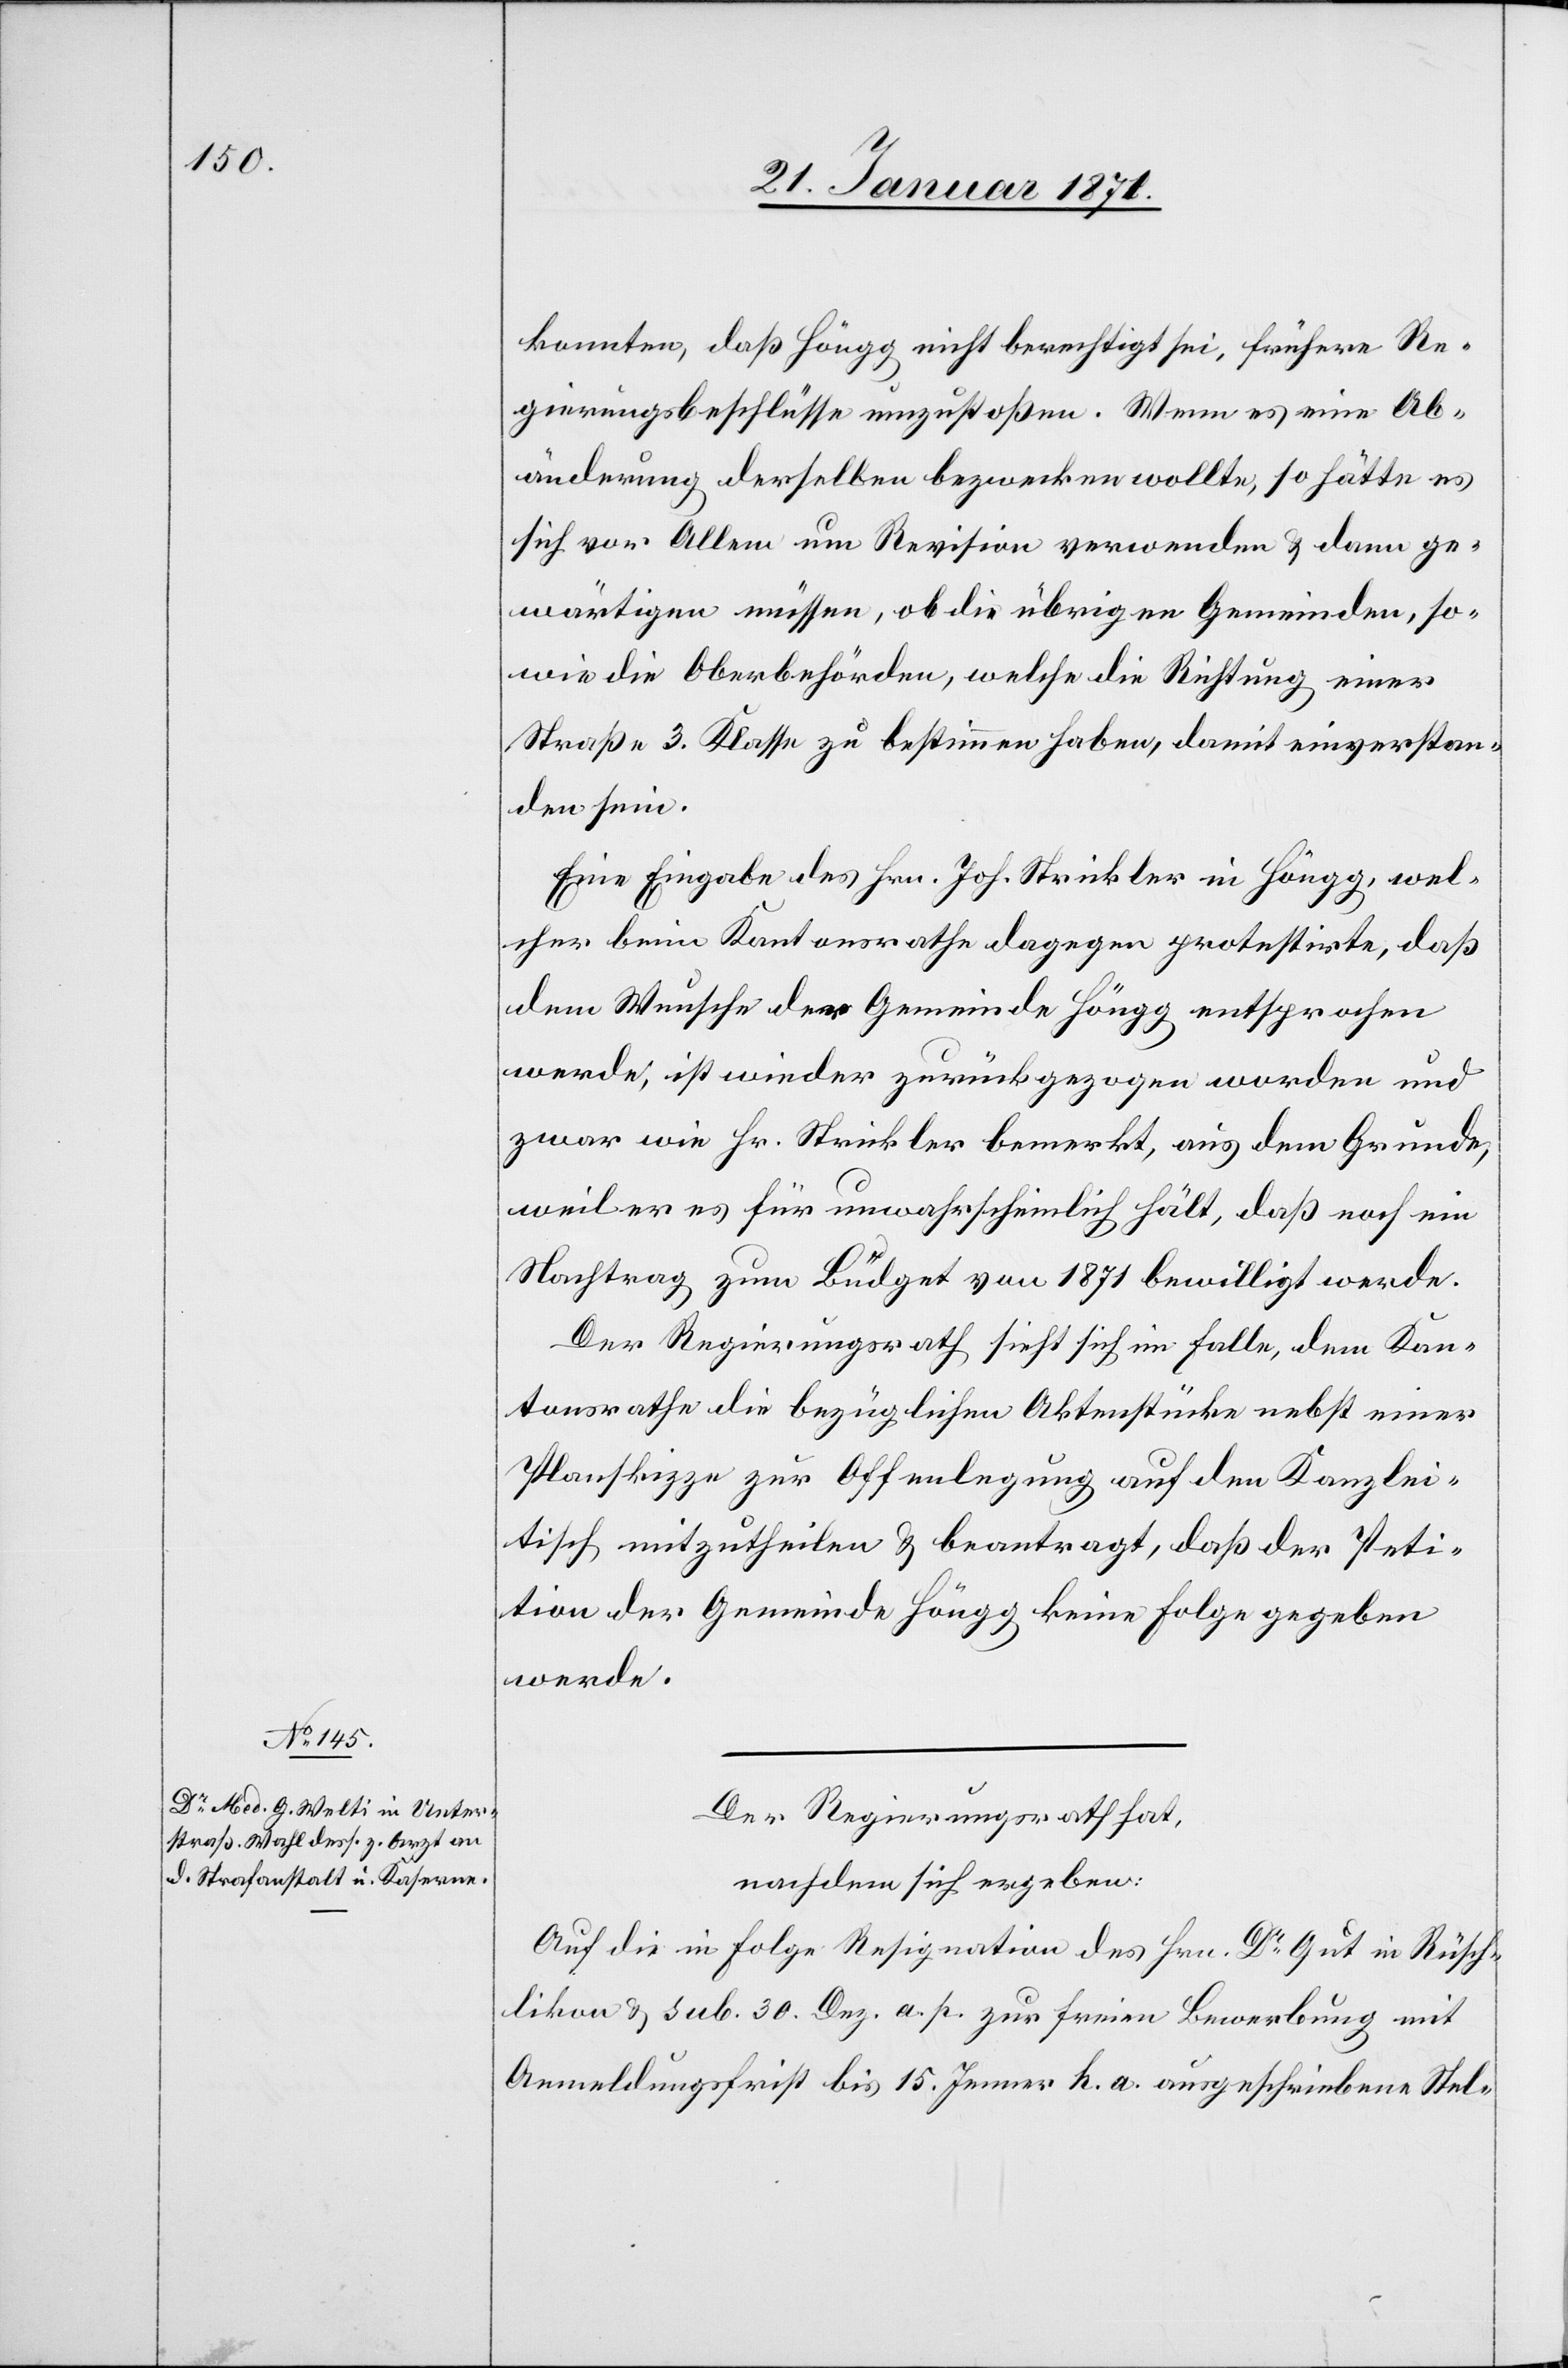
konnten, daß Höngg nicht berechtigt sei, frühere Re¬
gierungsbeschlüsse umzustoßen. Wenn es eine Ab¬
änderung derselben bezwecken wolle, so hätte es
sich vor Allem um Revision verwenden u. dann ge¬
wärtigen müssen, ob die übrigen Gemeinden, so¬
wie die Oberbehörden, welche die Richtung einer
Straße 3. Klasse zu bestimmen haben, damit einverstan¬
den sein.
Eine Eingabe des Hrn. Joh. Strickler in Höngg, wel¬
cher beim Kantonsrathe dagegen protestirte, daß
dem Wunsche der Gemeinde Höngg entsprochen
werde, ist wieder zurückgezogen worden und
zwar wie Hr. Strickler bemerkt, aus dem Grunde,
weil er es für unwahrscheinlich hält, daß noch ein
Nachtrag zum Büdget von 1871 bewilligt werde.
Der Regierungsrath sieht sich im Falle, dem Kan¬
tonsrathe die bezüglichen Aktenstücke nebst einer
Planskizze zur Offenlegung auf den Kanzlei¬
tisch mitzutheilen u. beantragt, daß der Peti¬
tion der Gemeinde Höngg keine Folge gegeben
werde.
Der Regierungsrath hat,
nachdem sich ergeben:
Auf die in Folge Resignation des Hrn. Dr. Gut in Rüsch¬
likon u. sub. 30. Dez. a. p. zur freien Bewerbung mit
Anmeldungsfrist bis 15. Jenner k. a. ausgeschriebenen Stel-